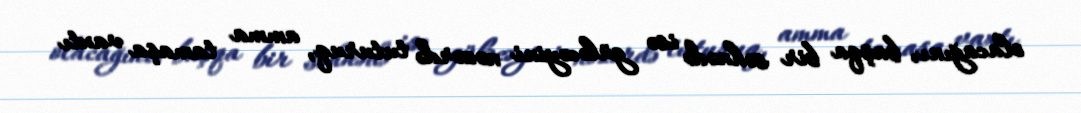
olacağını, başqa bir səhnədə isə güləcəyini nəzərdə tuturuq, amma tamaşa vaxtı